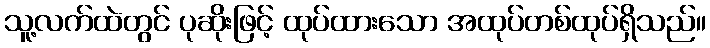
သူ့လက်ထဲတွင် ပုဆိုးဖြင့် ထုပ်ထားသော အထုပ်တစ်ထုပ်ရှိသည်။